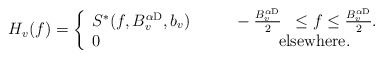
\begin{align*}\!\!\!\!\!\!\!\!\!\! H_{v}(f)=\left\{\begin{array}{ll}S^{*}(f,B_{v}^{\alpha {\rm D}},b_{v}) \ \ \ \ \ \ \ \ -\frac{B_{v}^{\alpha {\rm D}}}{2} &\leq f \leq \frac{B_{v}^{\alpha {\rm D}}}{2}.\\0 & \! \!\! \!\! \! \rm{elsewhere}.\end{array}\right. \end{align*}